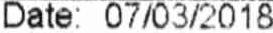
DATE: 07/03/2018